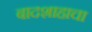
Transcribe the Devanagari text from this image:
बादशाहाचा